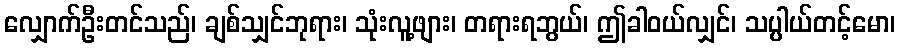
လျှောက်ဦးတင်သည်၊ ချစ်သျှင်ဘုရား၊ သုံးလူ့ဖျား၊ တရားရဘွယ်၊ ဤခါဝယ်လျှင်၊ သပ္ပါယ်တင့်မော၊